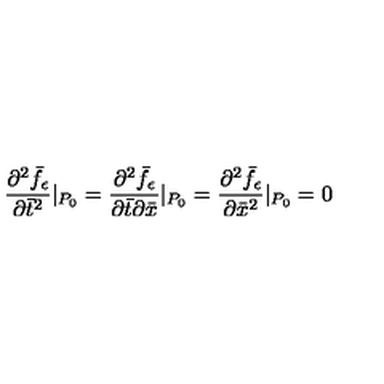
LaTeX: \frac { \partial ^ { 2 } \bar { f } _ { \epsilon } } { \partial \bar { t } ^ { 2 } } | _ { P _ { 0 } } = \frac { \partial ^ { 2 } \bar { f } _ { \epsilon } } { \partial \bar { t } \partial \bar { x } } | _ { P _ { 0 } } = \frac { \partial ^ { 2 } \bar { f } _ { \epsilon } } { \partial \bar { x } ^ { 2 } } | _ { P _ { 0 } } = 0